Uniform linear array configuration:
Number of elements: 8
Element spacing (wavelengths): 0.25
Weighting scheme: uniform
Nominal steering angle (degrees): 0
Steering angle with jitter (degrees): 1.426
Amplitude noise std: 0.05
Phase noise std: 0.05

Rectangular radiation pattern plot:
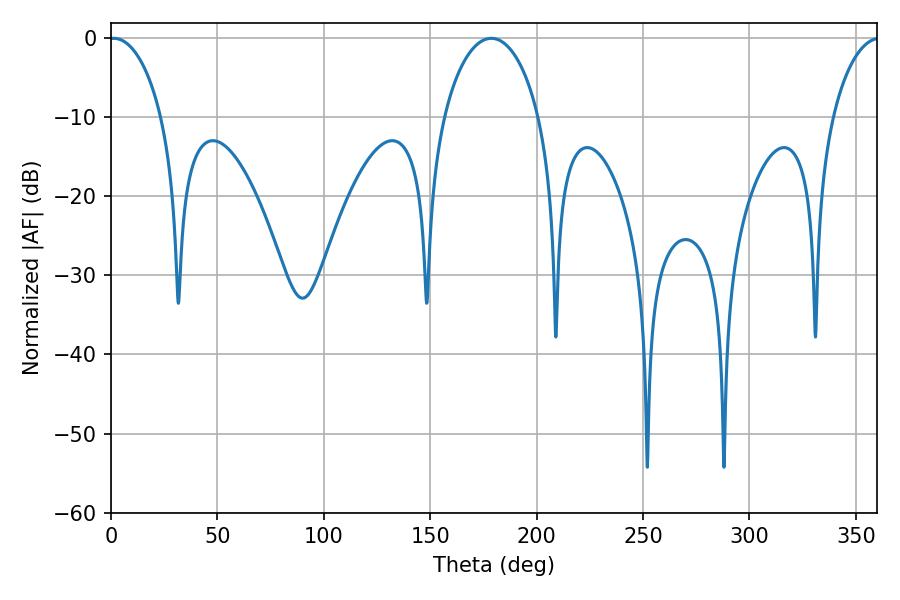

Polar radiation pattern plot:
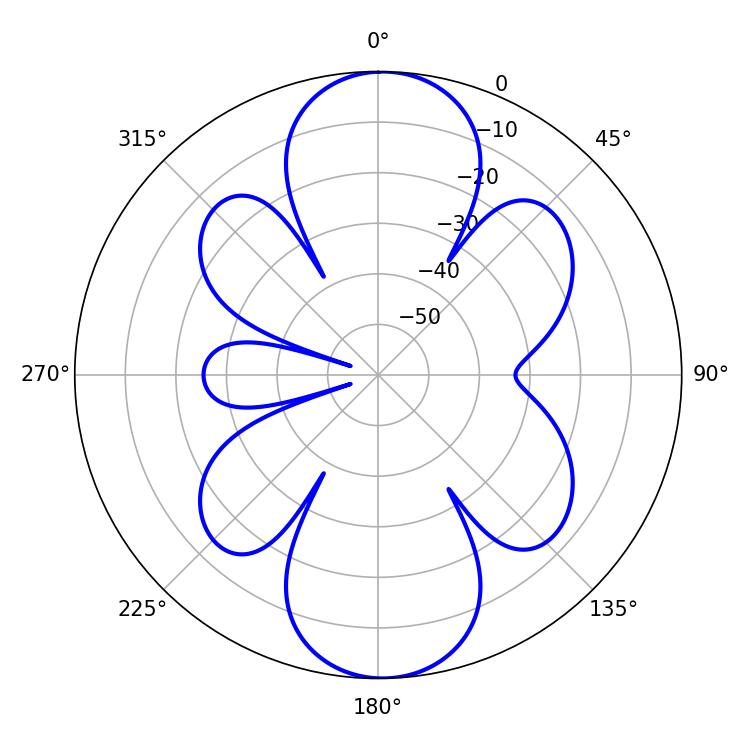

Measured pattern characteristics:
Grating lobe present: FALSE
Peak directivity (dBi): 17.985
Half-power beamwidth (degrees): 14.22
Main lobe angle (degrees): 1.26